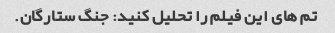
تم های این فیلم را تحلیل کنید: جنگ ستارگان.